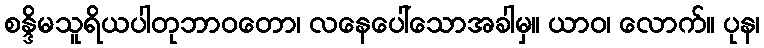
စန္ဒိမသူရိယပါတုဘာဝတော၊ လနေပေါ်သောအခါမှ။ ယာဝ၊ လောက်။ ပုန၊